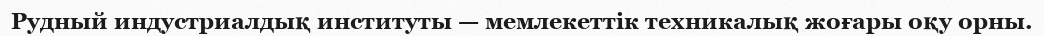
Рудный индустриалдық институты — мемлекеттік техникалық жоғары оқу орны.